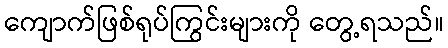
ကျောက်ဖြစ်ရုပ်ကြွင်းများကို တွေ့ရသည်။